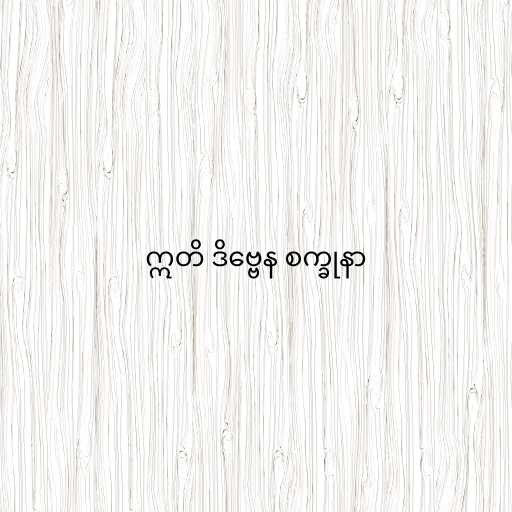
ဣတိ ဒိဗ္ဗေန စက္ခုနာ